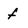
Character: f